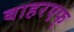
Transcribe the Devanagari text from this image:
बाहरएफ्